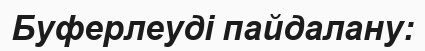
Буферлеуді пайдалану: